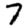
Digit: 7